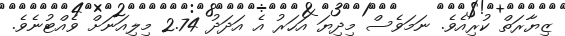
ޒިޔާރަތް ކުރިއެވެ. ނަމަވެސް މިދިޔަ އަހަރު އެ އަދަދު 2.74 މިލިއަނަށް ވެއްޓުނެވެ.